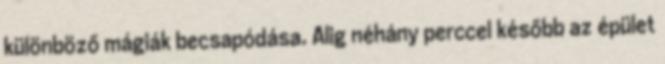
különböző mágiák becsapódása. Alig néhány perccel később az épület